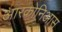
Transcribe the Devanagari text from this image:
आरकोनिआस